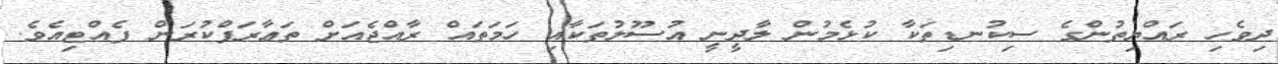
ދިވެހި ރައްޔިތުންގެ ސިކުނޑިތަކާ ކުޅެމުން ލާދީނީ އުސޫލުތަކާއި ހަމަތައް ރާއްޖެއަށް ތަޢާރަފްކުރަން ފެއްޓިއެވެ.